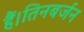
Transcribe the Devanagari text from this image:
हैं।तिनबर्जन